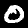
Digit: 0